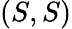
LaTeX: (S,S)